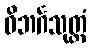
ဝိဘင်္ဂသုတ္တံ